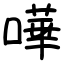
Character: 嘩